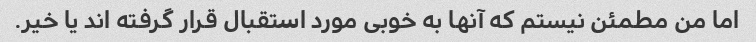
اما من مطمئن نیستم که آنها به خوبی مورد استقبال قرار گرفته اند یا خیر.